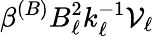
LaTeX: \beta^{(B)}B_{\ell}^{2}k_{\ell}^{-1}\mathcal{V}_{\ell}